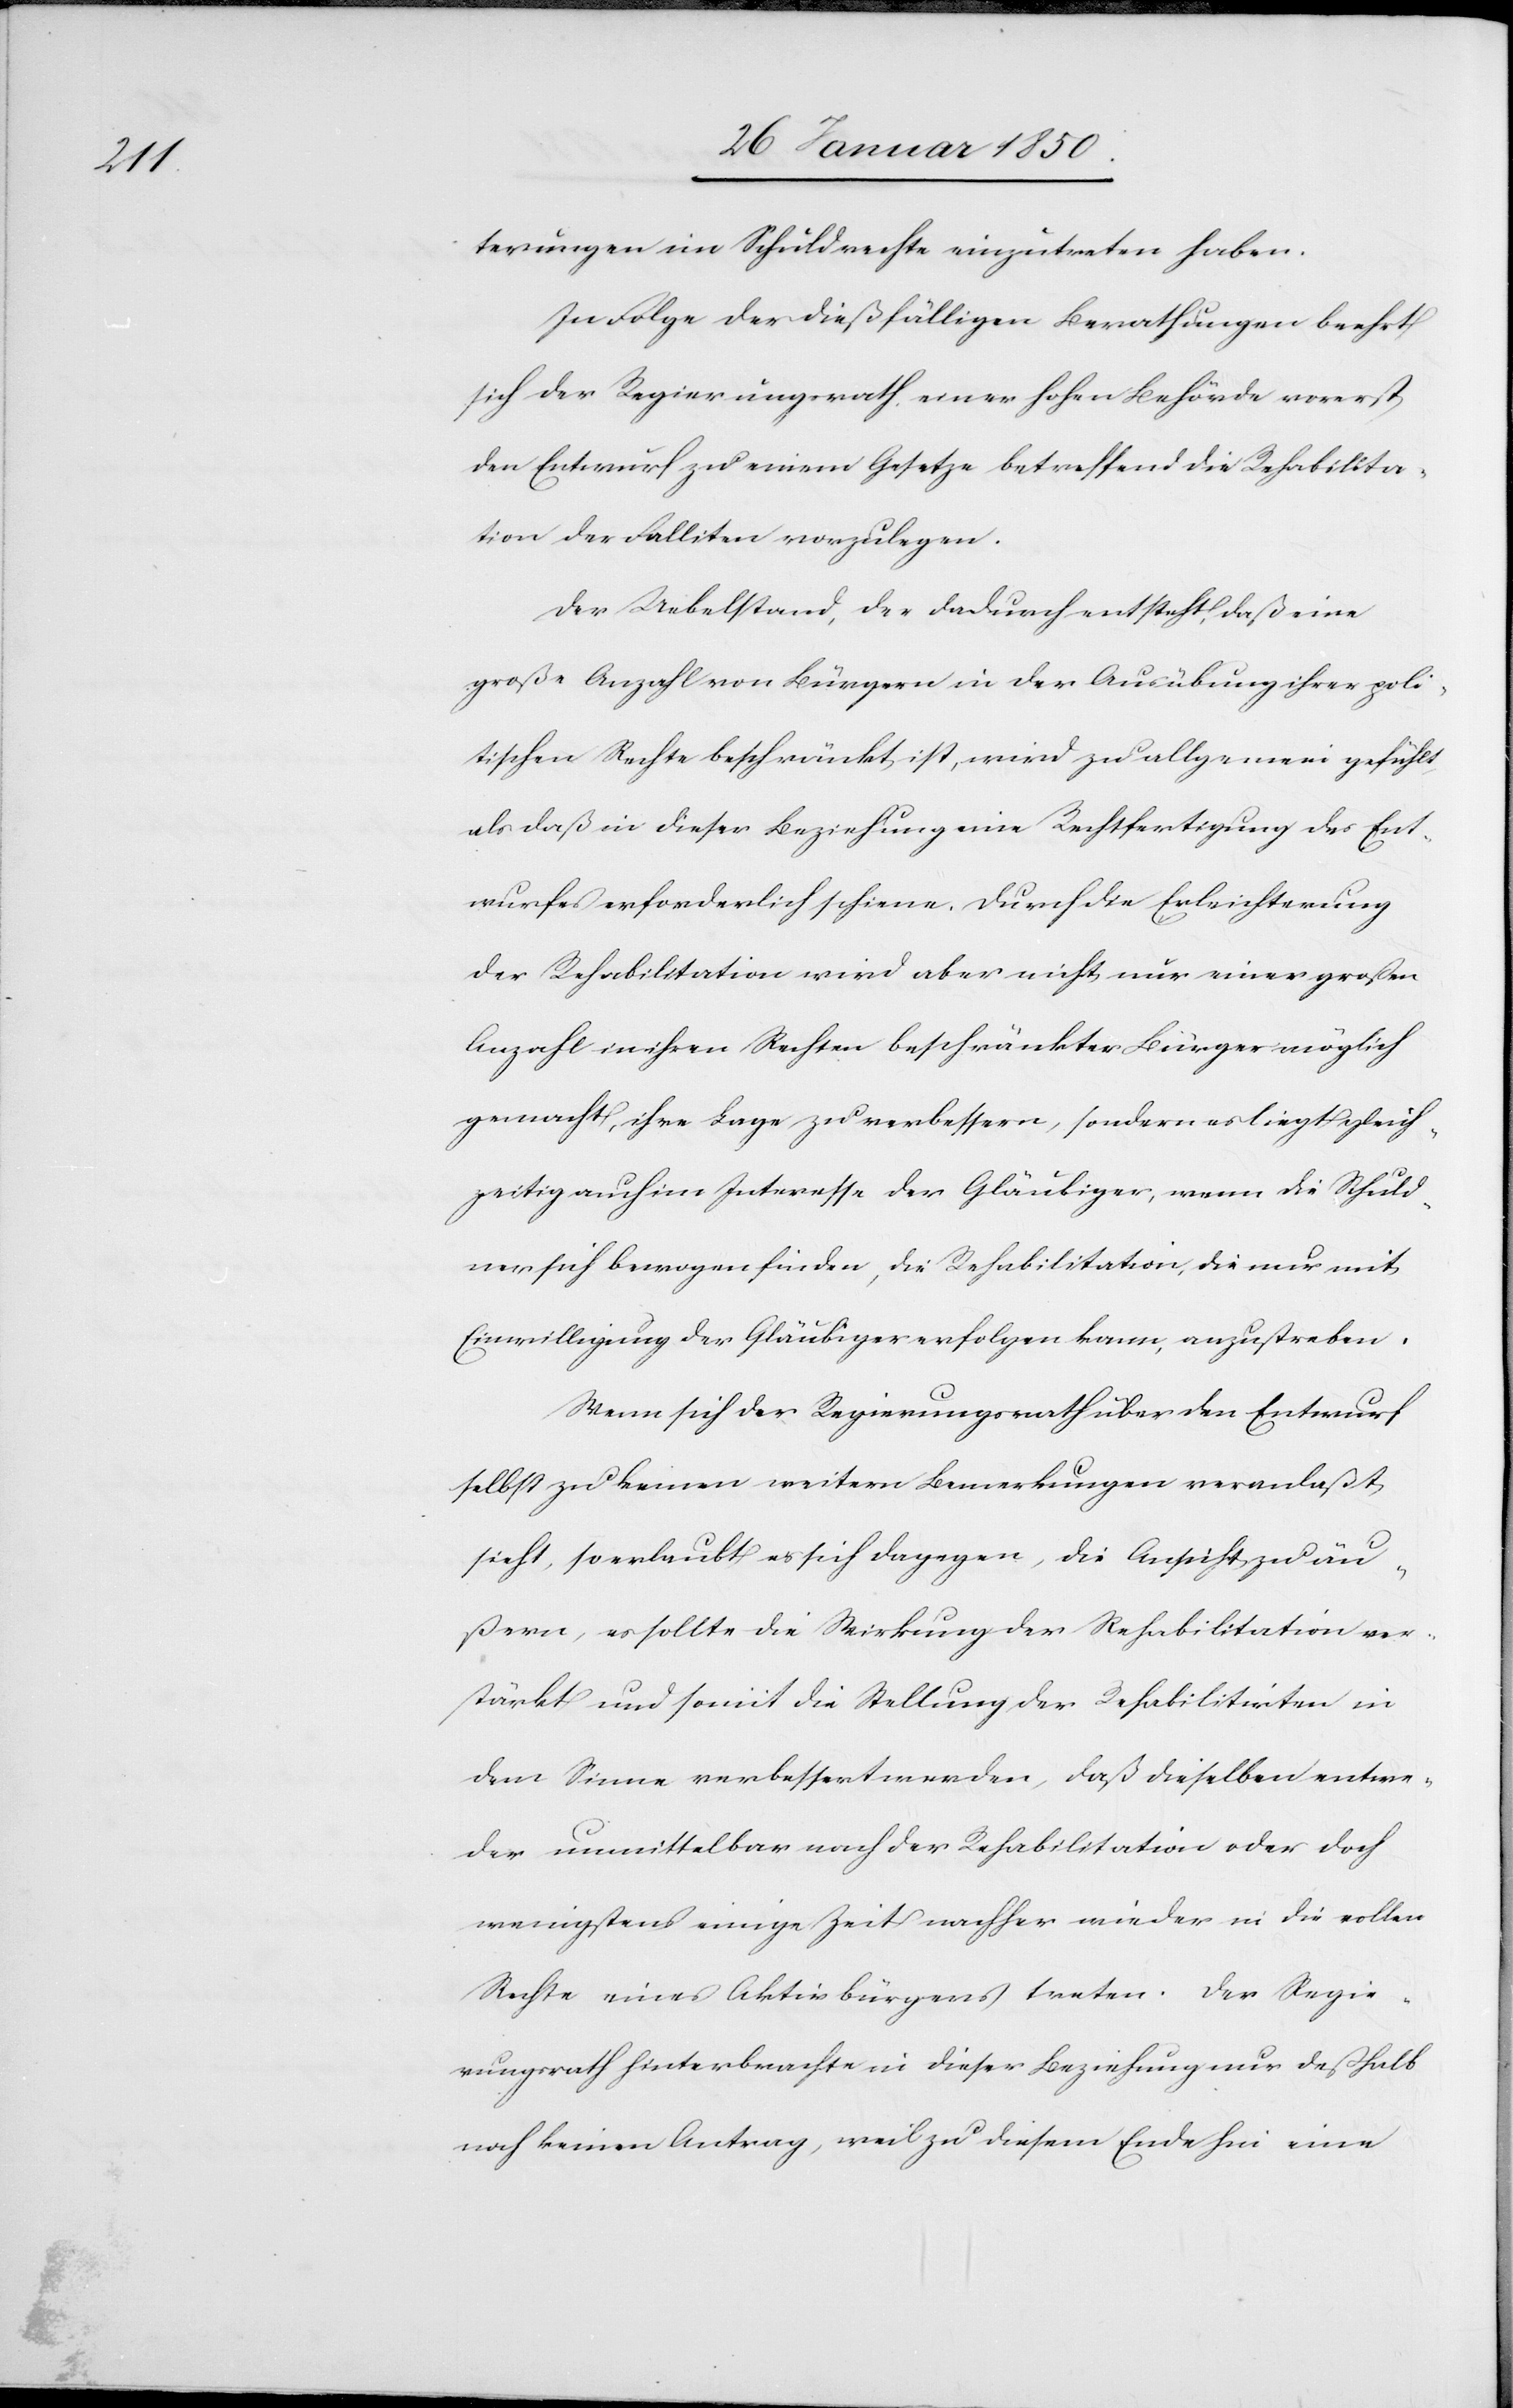
terungen im Schuldrechte einzutreten haben.
In Folge der dießfälligen Berathungen beehrt
sich der Regierungsrath einer hohen Behörde vorerst
den Entwurf zu einem Gesetze betreffend die Rehabilita¬
tion der Falliten vorzulegen.
Der Uebelstand, der dadurch entsteht, daß eine
große Anzahl von Bürgern in der Ausübung ihrer poli¬
tischen Rechte beschränkt ist, wird zu allgemein gefühlt,
als daß in dieser Beziehung eine Rechtfertigung des Ent¬
wurfes erforderlich scheine. Durch die Erleichterung
der Rehabilitation wird aber nicht nur einer großen
Anzahl in ihren Rechten beschränkter Bürger möglich
gemacht, ihre Lage zu verbessern, sondern es liegt gleich¬
zeitig auch im Interesse der Gläubiger, wenn die Schuld¬
ner sich bewogen finden, die Rehabilitation, die nur mit
Einwilligung der Gläubiger erfolgen kann, anzustreben.
Wenn sich der Regierungsrath über den Entwurf
selbst zu keinen weitern Bemerkungen veranlaßt
sieht, so erlaubt er sich dagegen, die Ansicht zu äu¬
ßern, es sollte die Wirkung der Rehabilitation oder
wenigstens einige Zeit nachher wieder in die vollen
Rechte eines Aktivbürgers treten. Der Regie¬
rungsrath hinterbrachte in dieser Beziehung nur deßhalb
noch keinen Antrag, weil zu diesem Ende hin eine